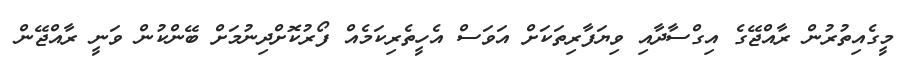
މީގެއިތުރުން ރާއްޖޭގެ އިގްސާދާއި ވިޔަފާރިތަކަށް އަވަސް އެހީތެރިކަމެއް ފޯރުކޮށްދިނުމަށް ބޭންކުން ވަނީ ރާއްޖޭން